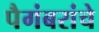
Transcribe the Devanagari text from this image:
पैगंबरांचे